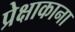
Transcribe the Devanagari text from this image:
प्रेक्षाकाना